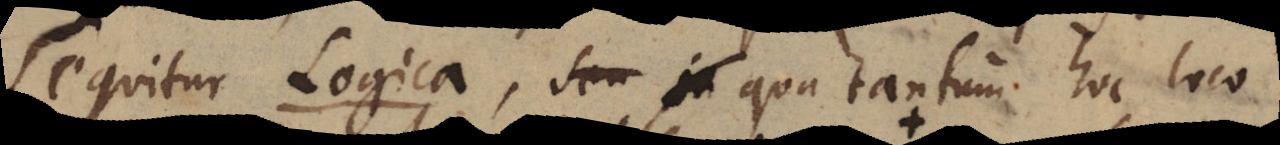
Sequitur Logica, seu in qua tantum hoc loco